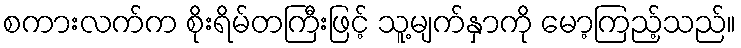
စကားလက်က စိုးရိမ်တကြီးဖြင့် သူ့မျက်နှာကို မော့ကြည့်သည်။